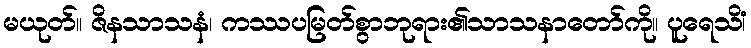
မယုတ်။ ဇိနသာသနံ၊ ကဿပမြတ်စွာဘုရား၏သာသနာတော်ကို။ ပူရေသိံ၊